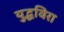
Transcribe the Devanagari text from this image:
युद्धविरा